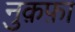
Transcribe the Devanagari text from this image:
नु़क़फ़ा